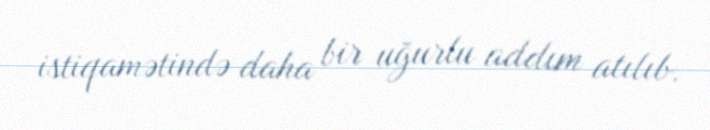
istiqamətində daha bir uğurlu addım atılıb.